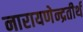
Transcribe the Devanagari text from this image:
नारायणेन्द्रतीर्थ